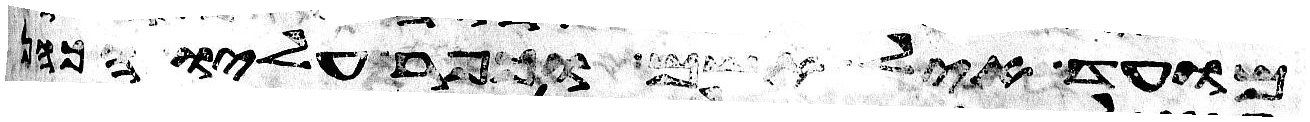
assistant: מועד איל אשם וכפר עליו